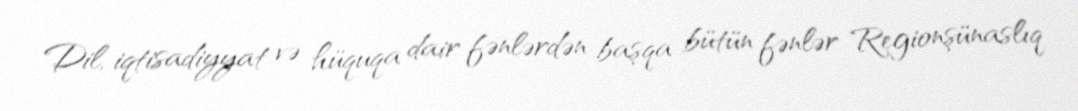
Dil, iqtisadiyyat və hüquqa dair fənlərdən başqa bütün fənlər Regionşünaslıq